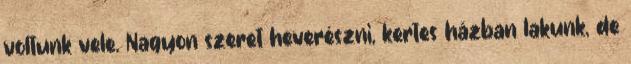
voltunk vele. Nagyon szeret heverészni, kertes házban lakunk, de